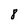
Character: 8